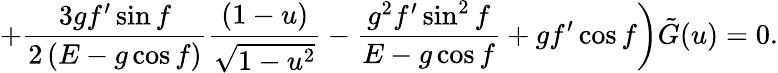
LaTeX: \left.+\frac{3gf^{\prime}\sin f}{2\left(E-g\cos f\right)}\frac{(1-u)}{\sqrt{1-u^{2}}}-\frac{g^{2}f^{\prime}\sin^{2}f}{E-g\cos f}+gf^{\prime}\cos f\right){\tilde{G}}(u)=0.